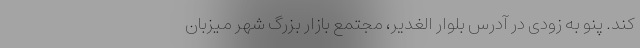
کند. پنو به زودی در آدرس بلوار الغدیر، مجتمع بازار بزرگ شهر میزبان